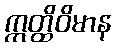
ဣတ္ထိဝိမာန